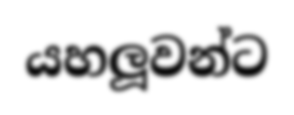
යහලූවන්ට